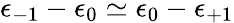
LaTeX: \epsilon_{-1}-\epsilon_{0}\simeq\epsilon_{0}-\epsilon_{+1}